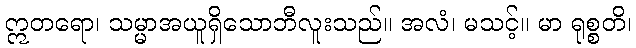
ဣတရော၊ သမ္မာအယူရှိသောဘီလူးသည်။ အလံ၊ မသင့်။ မာ ရုစ္စတိ၊